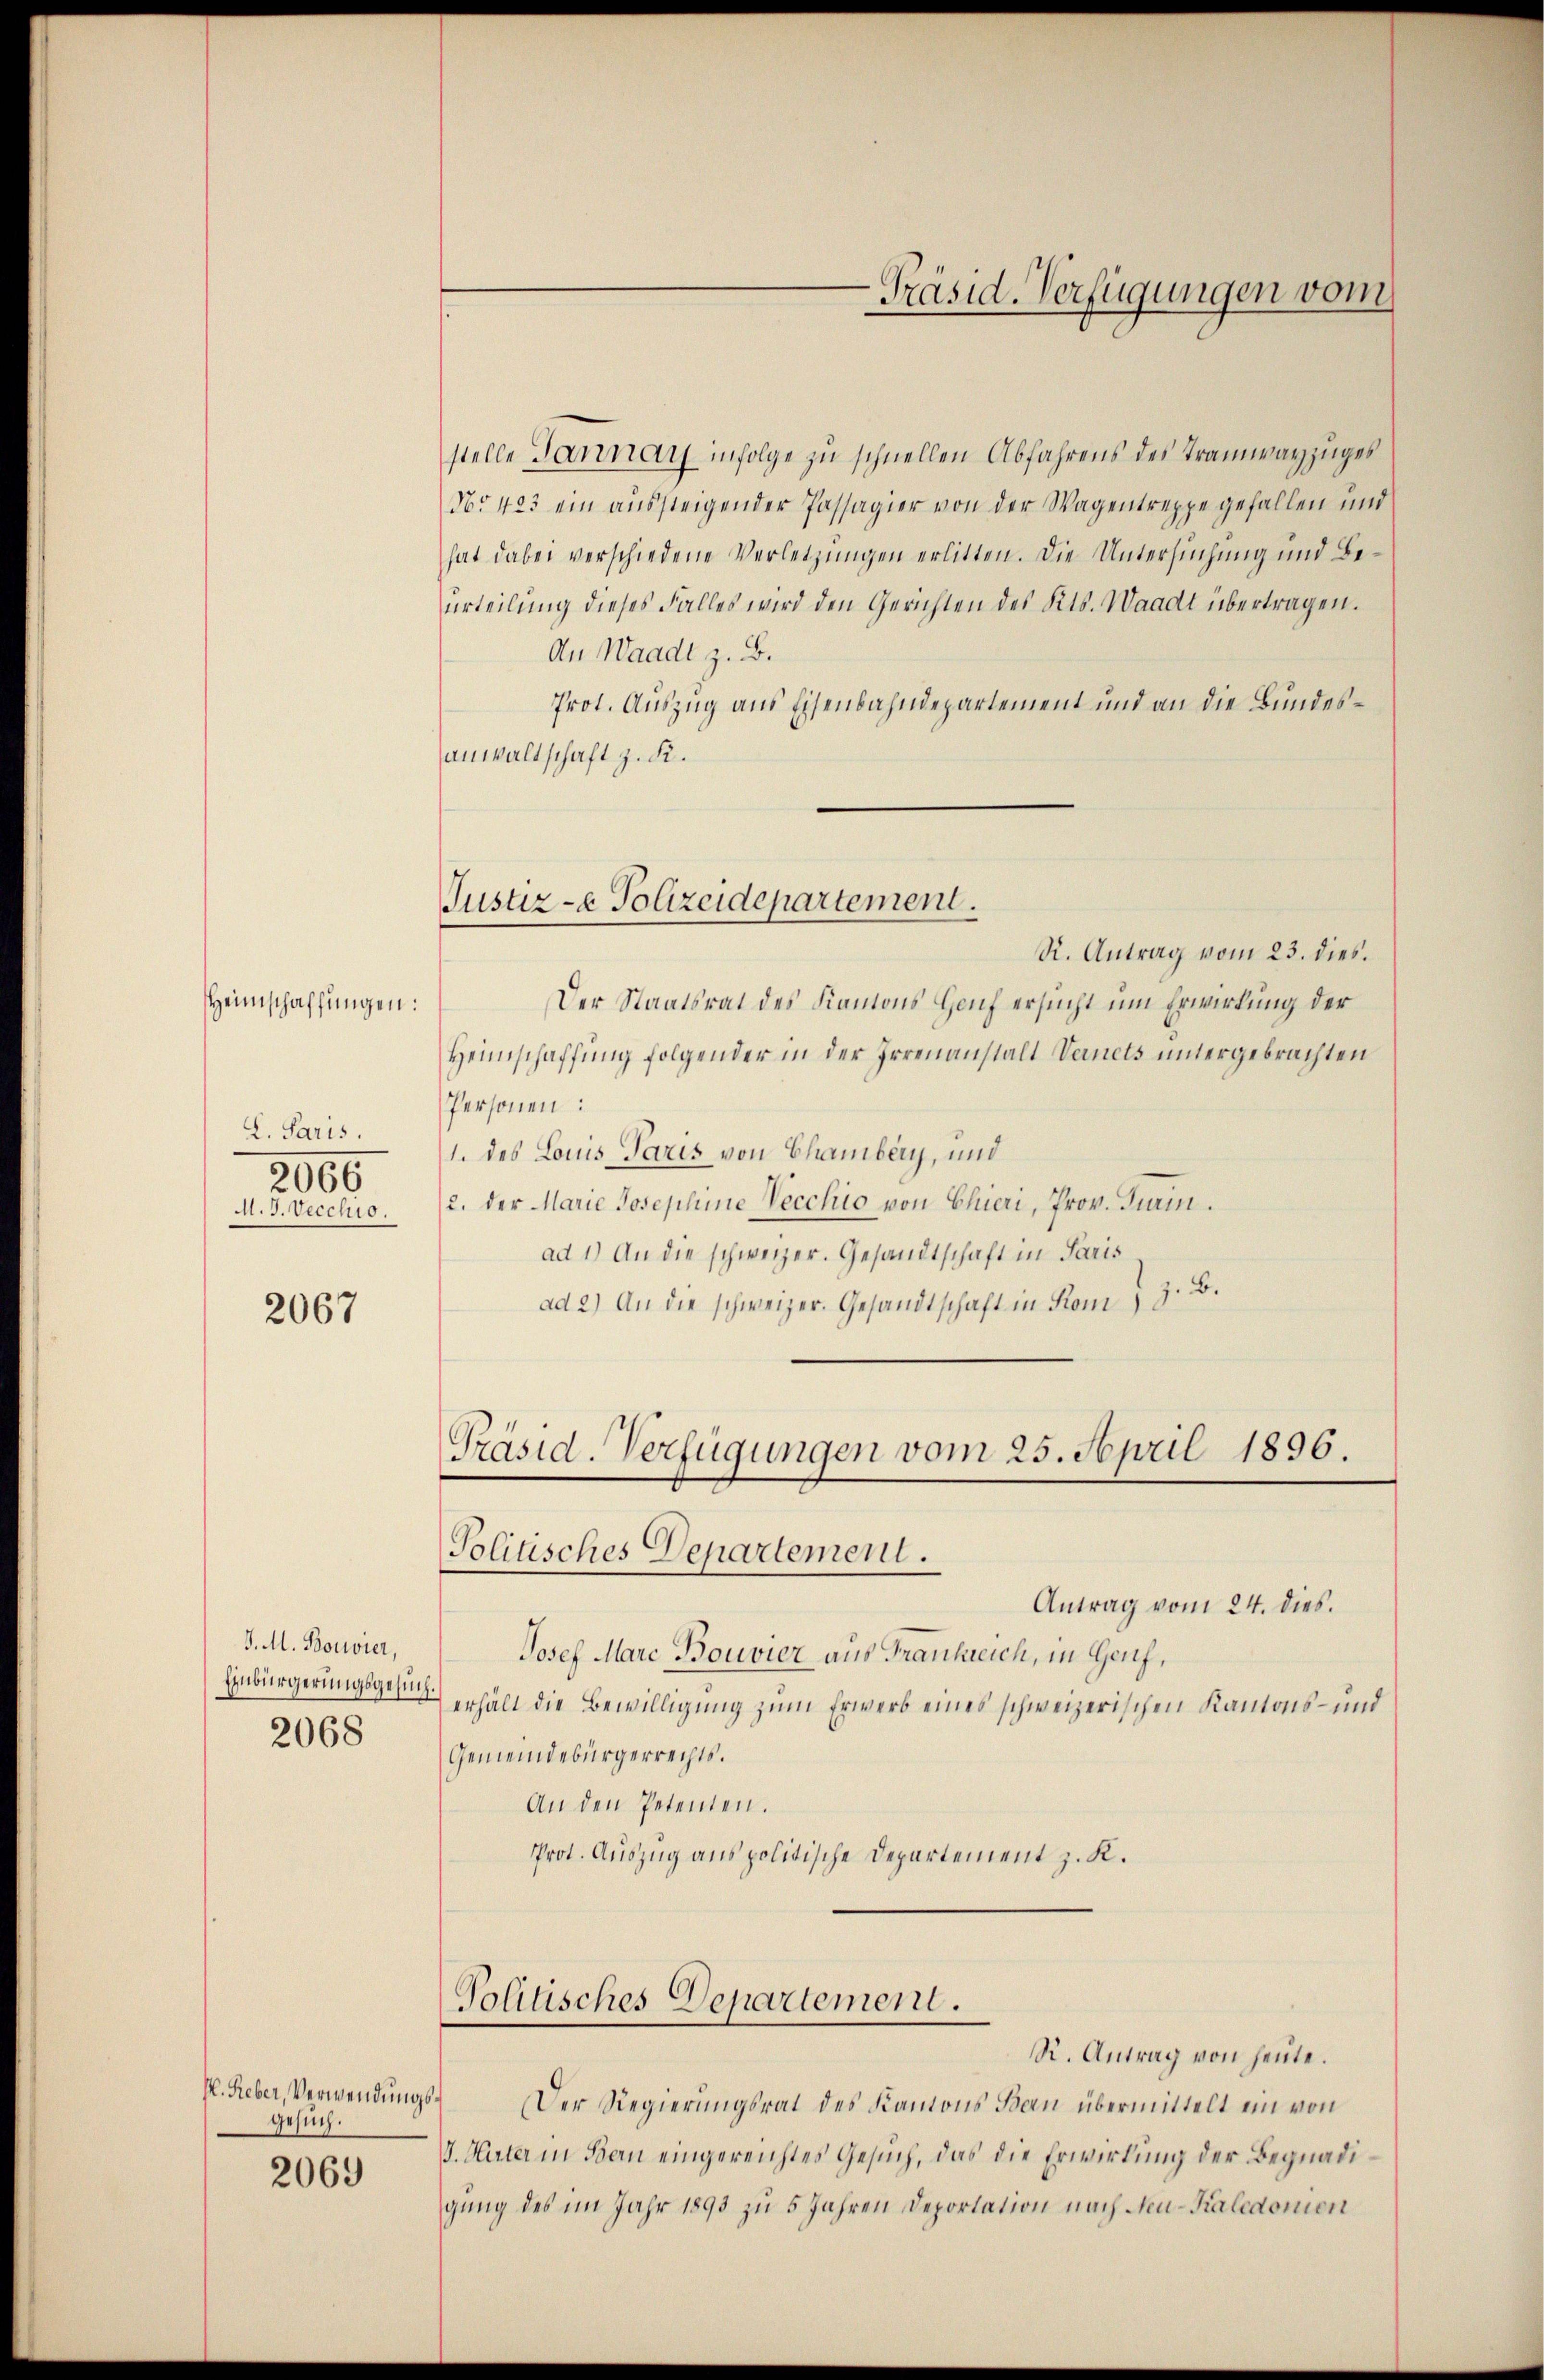
L. Paris.
2066
M. J. Vecchio.

Heimschaffungen:

2067

J. M. Bouvier,
Einbürgerungsgesuch.
2068

H. Reber, Verwendungs¬
Gesuch.
2069

Justiz- & Polizeidepartement.

Präsid. Verfügungen vom 25. April 1896.
Politisches Departement.

Politisches Departement.

-Präsid. Verfügungen vom

stelle Tannay infolge zu schnellen Abfahrens des Tramwayzuges
Nr 423 ein aŭssteigender Passagier von der Wagentreppe gefallen und
hat dabei verschiedene Verletzungen erlitten. Die Untersuchung und Beurteilung dieses Falles wird den Gerichten des Kts. Waadt übertragen.
An Waadt z. B.
Prot. Auszug aus Eisenbahndepartement und an die Bundesanwaltschaft z. R.
R. Antrag vom 23. dies.
Der Staatsrat des Kantons Hauf ersucht um Erwirkung der
Heimschaffung folgender in der Irrenanstalt Vernets untergebrachten
Personen:
1. des Louis Paris von Chamberg, und
2. der Marie Josephine Vecchio von Chieri, Prov. Turin.
ad 1.) An die schweizer. Gesandtschaft in Paris
ad 2.) An die schweizer. Gesandtschaft in Kom, z. B.

Antrag vom 24. dies.
Josef Marc Bouvier aus Frankreich, in Genf,
erhält die Bewilligung zum Erwerb eines schweizerischen Kantons- und
Gemeindebürgerrechts.
An den Petenten.
Prot. Auszug aus politische Departement z. K.

R. Antrag von heute.
Der Regierungsrat des Kantons Bern übermittelt ein von
V. Hater in Bau eingereichtes Gesuch, das die Erwirkung der Begnadigung des im Jahr 1893 zu 5 Jahren Deportation nach Neu-Kaledonien